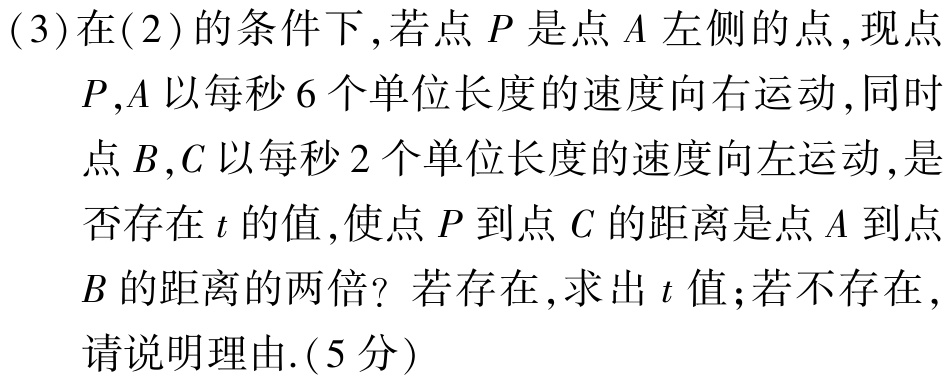
(3)在(2)的条件下,若点\(P\)是点\(A\)左侧的点,现点\(P,A\)以每秒\(6\)个单位长度的速度向右运动,同时点\(B,C\)以每秒\(2\)个单位长度的速度向左运动,是否存在\(t\)的值,使点\(P\)到点\(C\)的距离是点\(A\)到点\(B\)的距离的两倍？若存在,求出\(t\)值;若不存在,请说明理由.(5分)